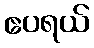
ဧပရယ်